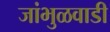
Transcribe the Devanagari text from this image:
जांभुळवाडी